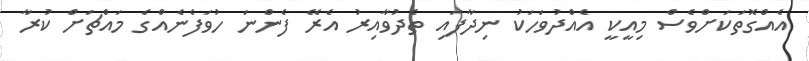
އެއްގޮތަކަށްވެސް މިއީކީ އެއްދުވަހަކު ނިދާފައި ތެދުވާއިރު އެރޭ ފެންނަ ހުވަފެނެއްގެ މައްޗަށް ކުރާ